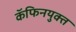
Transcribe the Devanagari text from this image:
कॅफिनयुक्त